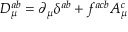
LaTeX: D _ { \mu } ^ { a b } = \partial _ { \mu } \delta ^ { a b } + f ^ { a c b } A _ { \mu } ^ { c }